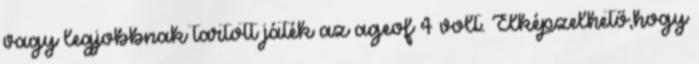
vagy legjobbnak tartott játék az ageof 4 volt. Elképzelhető,hogy